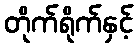
တိုက်ရိုက်နှင့်